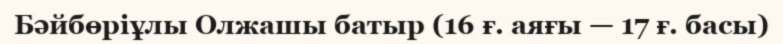
Бәйбөріұлы Олжашы батыр (16 ғ. аяғы — 17 ғ. басы)